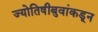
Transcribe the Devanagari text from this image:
ज्योतिषीबुवांकडून